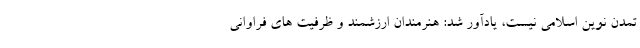
تمدن نوین اسلامی نیست، یادآور شد: هنرمندان ارزشمند و ظرفیت های فراوانی